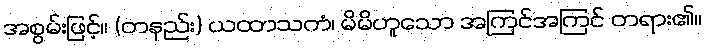
အစွမ်းဖြင့်။ (တနည်း) ယထာသကံ၊ မိမိဟူသော အကြင်အကြင် တရား၏။